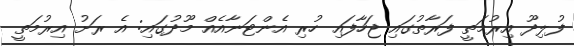
ފުލިދޫ އިރުމަތީ ފަރާތުގައި ޖަހާފައި ހުރި އެންޓަނާއެއް މޫދުގައި: އެ ރަށު އިރުމަތީ